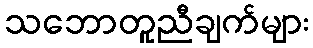
သဘောတူညီချက်များ